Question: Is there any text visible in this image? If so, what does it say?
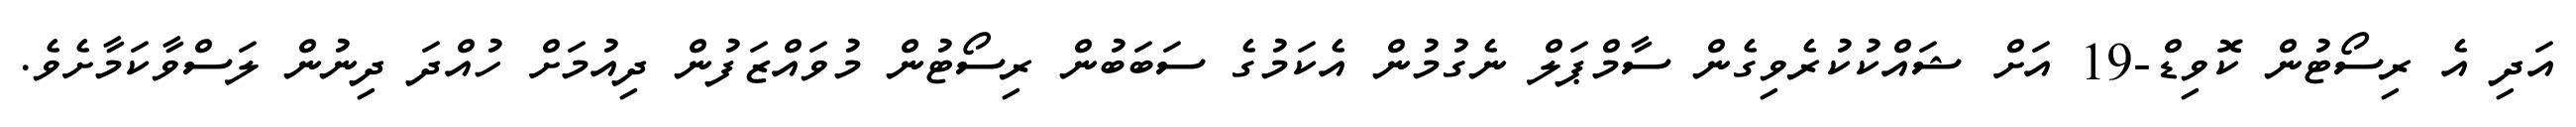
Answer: އަދި އެ ރިސޯޓުން ކޮވިޑް-19 އަށް ޝައްކުކުރެވިގެން ސާމްޕަލް ނެގުމުން އެކަމުގެ ސަބަބުން ރިސޯޓުން މުވައްޒަފުން ދިއުމަށް ހުއްދަ ދިނުން ލަސްވާކަމާށެވެ.